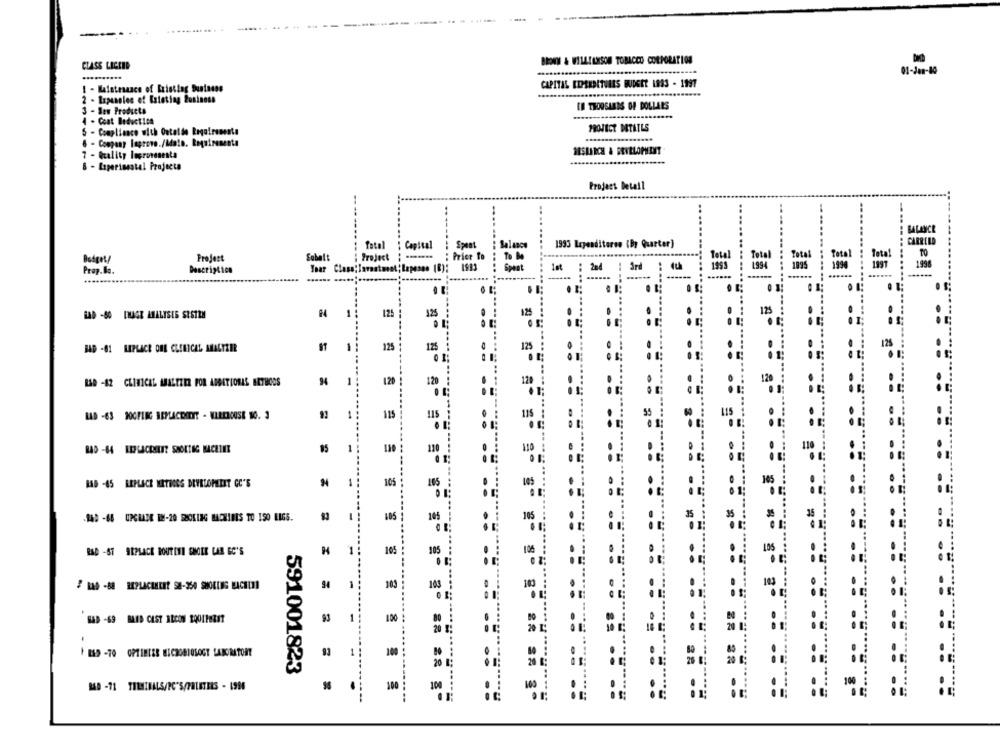
............ .
---..
BROWN & WILLILXSON TOBACCO CORPORATION
CLASS LICKED
01-02-10
CAPITAL EDSXRITUALS BUDGET 1883 - 1997
- Espanoles of Existing Business
IN THOUSANDS OF DOLLARS
- Sen Products
- Coat Beductica
PROJECT DETAILS
- Compliance with Outaldo Requirements
6 - Company lagrove./Main. Requirements
7 - Quality lugrovesesta
- Experimental Projects
Project Detail
BALANCE
CARRIED
: fotol
: Capital
Balance
1993 Expenditures (Br Quarter)
Sobalt
: Project ; .......
Spen
Total
TO
Budget/
Project
: Prier to
To Do
Total
jetal
Prop.la.
Description
Speat
: 284
1995
1997
1998
......
...
1
125
125
125
BAD -61 LIPLACE ONE CLINICAL MALTEIR
1
125
125
RAD -42 CLINICAL WALTZER FOR ADDITIONAL METHODS
120
120
120
.
:
1
115
115
RAD -64 LEPLACEMENT SHORTOG MACHINE
120
.
....
1
BAB -45 REPLACE WITHOGS DEVELOPELET GO'S
105
105
.. ..
-94D -68 UPGRADE W-20 SRIKING MACHINES TO ISO LIGS.
1
105
105
10
RAD -ST ARPLACE RONUITETI SHOLE LAR GC'S
1
105
105
105
94
1
103
163
BAD -69 BAND CAST IRCON EQUIPMENT
1
100
I BSD -70 OPTIMIZE MICROBIOSOGT LABORATORT
93
1
20
591001823
100
100
==== = ==
= = = = ====
-------
= = == ==== == ==